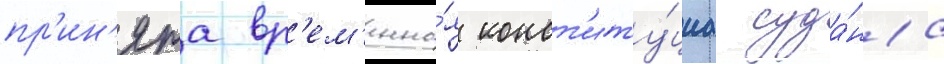
пр'ин'ята вр'ем'енна́я конст'иту́циа суда́на